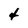
Character: 4